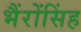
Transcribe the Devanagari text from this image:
भैंरोंसिंह